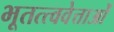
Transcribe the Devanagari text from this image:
भूतत्त्ववेत्ताओं